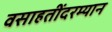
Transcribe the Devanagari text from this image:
वसाहतींदरम्यान